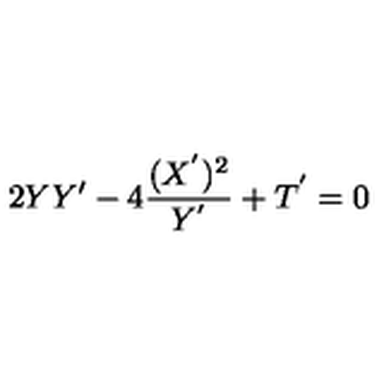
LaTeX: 2 Y Y ^ { \prime } - 4 \frac { ( X ^ { ^ { \prime } } ) ^ { 2 } } { Y ^ { ^ { \prime } } } + T ^ { ^ { \prime } } = 0